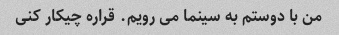
من با دوستم به سینما می رویم. قراره چیکار کنی